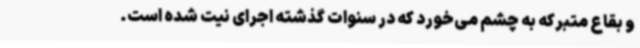
و بقاع متبرکه به چشم می‌خورد که در سنوات گذشته اجرای نیت شده است.